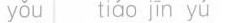
you tiao jin yu